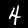
Label: 4